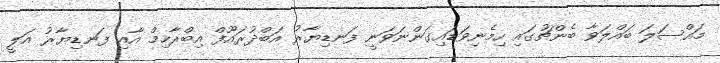
މައްސަލަ ބައްލަވާ ބެންޗުގައި ހިމެނިވަޑައިގަންނަވަނީ ފަނޑިޔާރު އަބްދުރައޫފް އިބްރާހިމް އާއި ފަނޑިޔާރު އަލީ